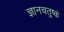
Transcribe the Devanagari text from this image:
ज्ञानचतुष्कं